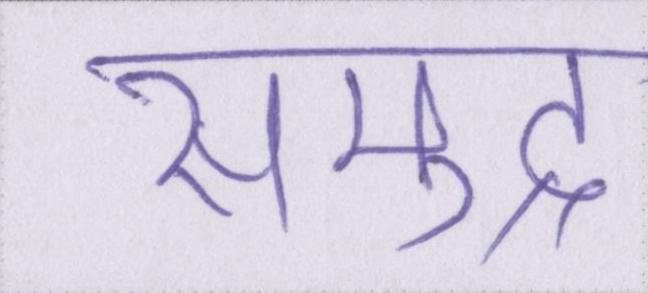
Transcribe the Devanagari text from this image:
समुद्र